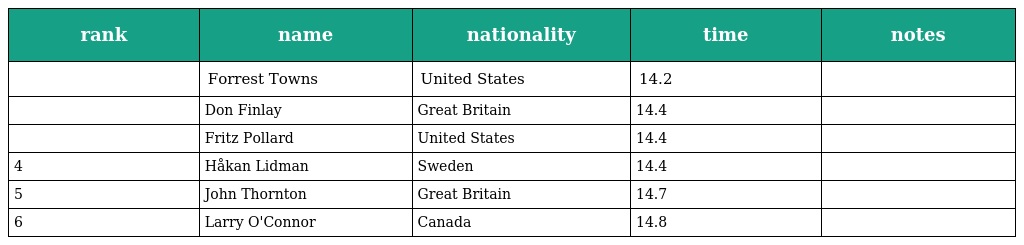
| rank | name | nationality | time | notes |
 | --- | --- | --- | --- | --- |
 |  | Forrest Towns | United States | 14.2 |  |
 |  | Don Finlay | Great Britain | 14.4 |  |
 |  | Fritz Pollard | United States | 14.4 |  |
 | 4 | Håkan Lidman | Sweden | 14.4 |  |
 | 5 | John Thornton | Great Britain | 14.7 |  |
 | 6 | Larry O'Connor | Canada | 14.8 |  |